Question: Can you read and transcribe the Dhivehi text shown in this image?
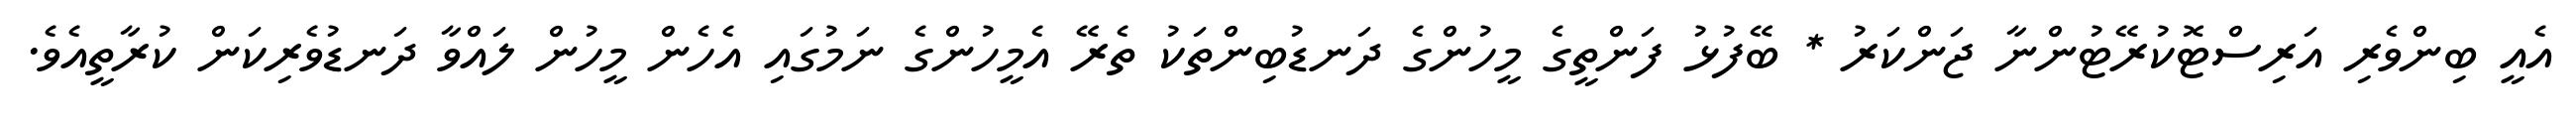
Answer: އެއީ ބިންވެރި އަރިސްޓޮކުރޭޓުންނާ ޖަންކަރު * ބޭފުޅު ފަންތީގެ މީހުންގެ ދަނޑުބިންތަކު ތެރޭ އެމީހުންގެ ނަމުގައި އެހެން މީހުން ލައްވާ ދަނޑުވެރިކަން ކުރާތީއެވެ.